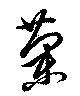
蘭